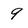
Character: 9